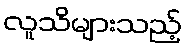
လူသိများသည့်